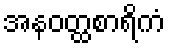
အနဝတ္ထစာရိကံ